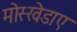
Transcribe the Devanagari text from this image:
मोस्खेडाए